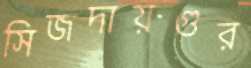
সিজদায়গুর